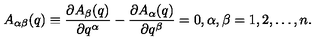
A _ { \alpha \beta } ( q ) \equiv \frac { \partial A _ { \beta } ( q ) } { \partial q ^ { \alpha } } - \frac { \partial A _ { \alpha } ( q ) } { \partial q ^ { \beta } } = 0 , \alpha , \beta = 1 , 2 , \dots , n .